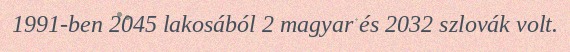
1991-ben 2045 lakosából 2 magyar és 2032 szlovák volt.